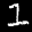
Label: 1